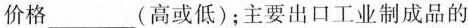
价格___(高或低)；主要出口工业制成品的